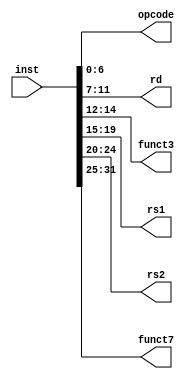
module instruction_parser(
input [31:0] inst,
output [6:0] opcode,
output [4:0] rd,
output [2:0] funct3,
output [4:0] rs1,
output [4:0] rs2,
output [6:0] funct7
);

assign opcode = inst[6:0];
assign rd= inst[11:7];
assign funct3 =inst[14:12];
assign rs1 = inst[19:15];
assign rs2 = inst[24:20];
assign funct7 = inst[31:25];
endmodule